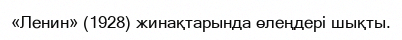
«Ленин» (1928) жинақтарында өлеңдері шықты.